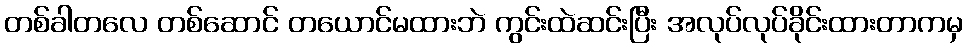
တစ်ခါတလေ တစ်ဆောင် တယောင်မထားဘဲ ကွင်းထဲဆင်းပြီး အလုပ်လုပ်ခိုင်းထားတာကမှ